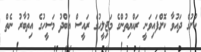
ކުށުގެ ދައުވާ ކޮށްފައިވަނީ ރައްޔިތުންގެ މަޖިލީހުގެ ރައީސް އަބްދު މަސީހުގެ އިތުބާރު ނެތް